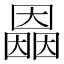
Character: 𡈲